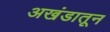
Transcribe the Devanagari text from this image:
अखंडातून